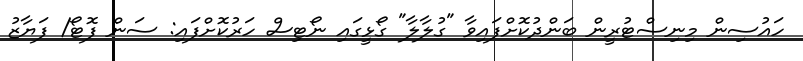
ހައުސިން މިނިސްޓުރީން ބަންދުކޮށްފައިވާ "ގުލާލާ" ގޯޅީގައި ނޯޓިސް ހަރުކޮށްފައި: ސަން ފޮޓޯ/ ފަޔާޒު